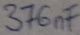
Text: 376nF